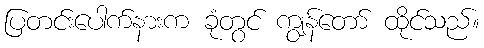
ပြတင်းပေါက်နားက ခုံတွင် ကျွန်တော် ထိုင်သည်။